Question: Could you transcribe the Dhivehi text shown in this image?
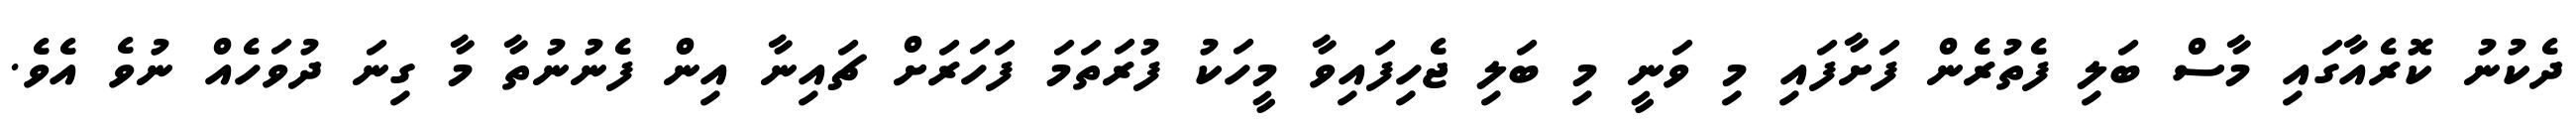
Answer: ދެކުނު ކޮރެއާގައި މާސް ބަލި ފެތުރެން ފަށާފައި މި ވަނީ މި ބަލި ޖެހިފައިވާ މީހަކު ފުރަތަމަ ފަހަރަށް ޗައިނާ އިން ފެނުނުތާ މާ ގިނަ ދުވަހެއް ނުވެ އެވެ.